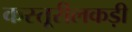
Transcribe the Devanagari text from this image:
कस्तूरीलकड़ी